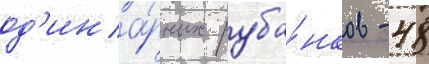
од'ина́рных руба́нков - 48